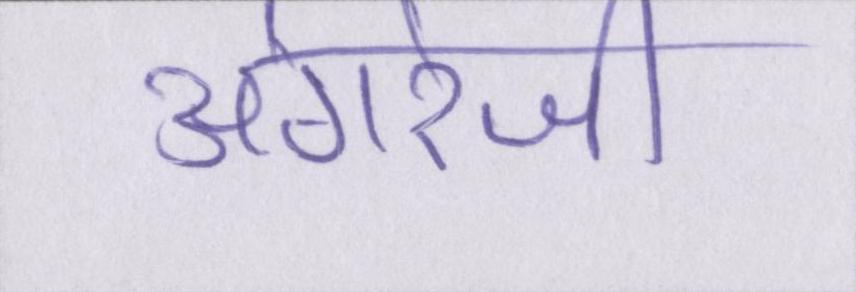
अंगरेजी